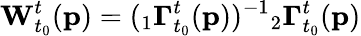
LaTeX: \mathbf{W}_{t_{0}}^{t}(\mathbf{p})=({}_{1}\mathbf{\Gamma}_{t_{0}}^{t}(\mathbf{p}))^{-1}{}_{2}\mathbf{\Gamma}_{t_{0}}^{t}(\mathbf{p})